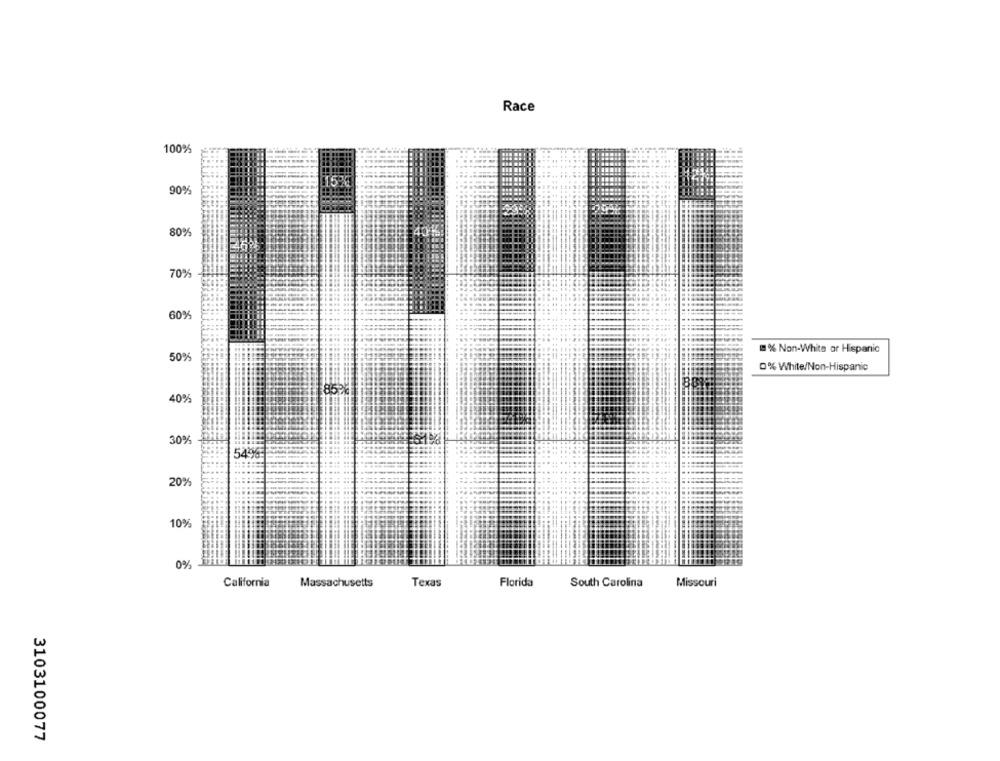
Race
100%
90%
80%
70%
60%
% Non-White or Hispanic
50%
0% White/Non-Hispanic
85%
88
40%
30%
54%:
20%
10%
0%
California
Massachusetts
Texas
Florida
South Carolina
Missouri
3103100077